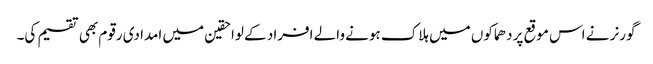
گورنر نے اس موقع پر دھماکوں میں ہلاک ہونے والے افراد کے لواحقین میں امدادی رقوم بھی تقسیم کی۔